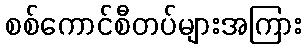
စစ်ကောင်စီတပ်များအကြား